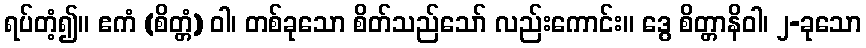
ရပ်တံ့၍။ ဧကံ (စိတ္တံ) ဝါ၊ တစ်ခုသော စိတ်သည်သော် လည်းကောင်း။ ဒွေ စိတ္တာနိဝါ၊ ၂-ခုသော